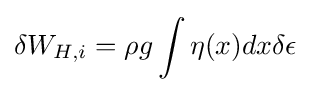
\delta W_{H,i}=\rho g\int \eta (x)dx\delta \epsilon